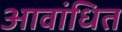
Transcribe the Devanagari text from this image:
आवांधित